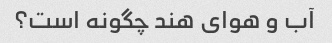
آب و هوای هند چگونه است؟